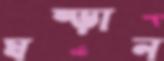
ঘষ্‌ড়ান